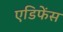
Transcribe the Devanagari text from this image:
एडिफेंस